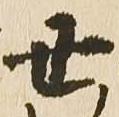
丑